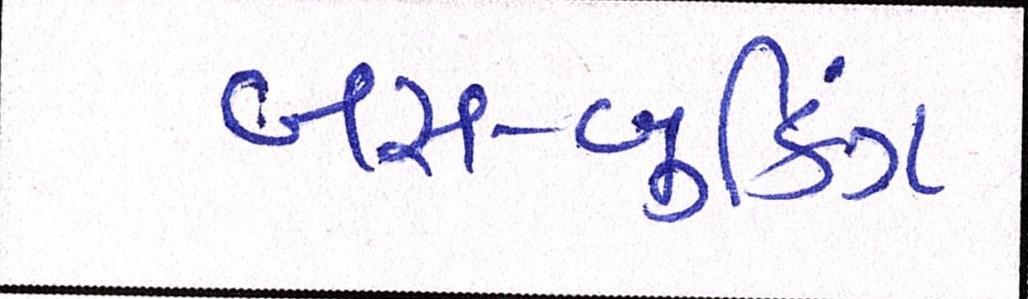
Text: બસ-બુકિંગ